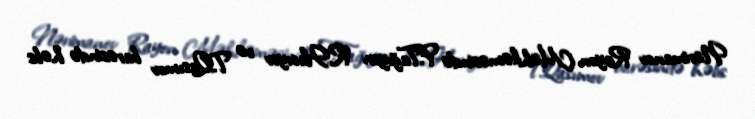
Nərimanov Rayon Məhkəməsində F.Tağıyev, R.Hacıyev və T.Qasımov barəsində həbs